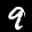
Label: 9